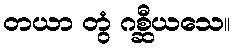
တယာ တွံ ဂစ္ဆီယသေ။